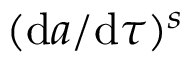
( \mathrm { d } a / \mathrm { d } \tau ) ^ { s }